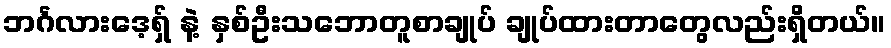
ဘင်္ဂလားဒေ့ရှ် နဲ့ နှစ်ဦးသဘောတူစာချုပ် ချုပ်ထားတာတွေလည်းရှိတယ်။